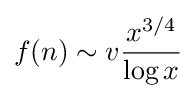
f(n)\sim v{\frac {x^{3/4}}{\log {x}}}